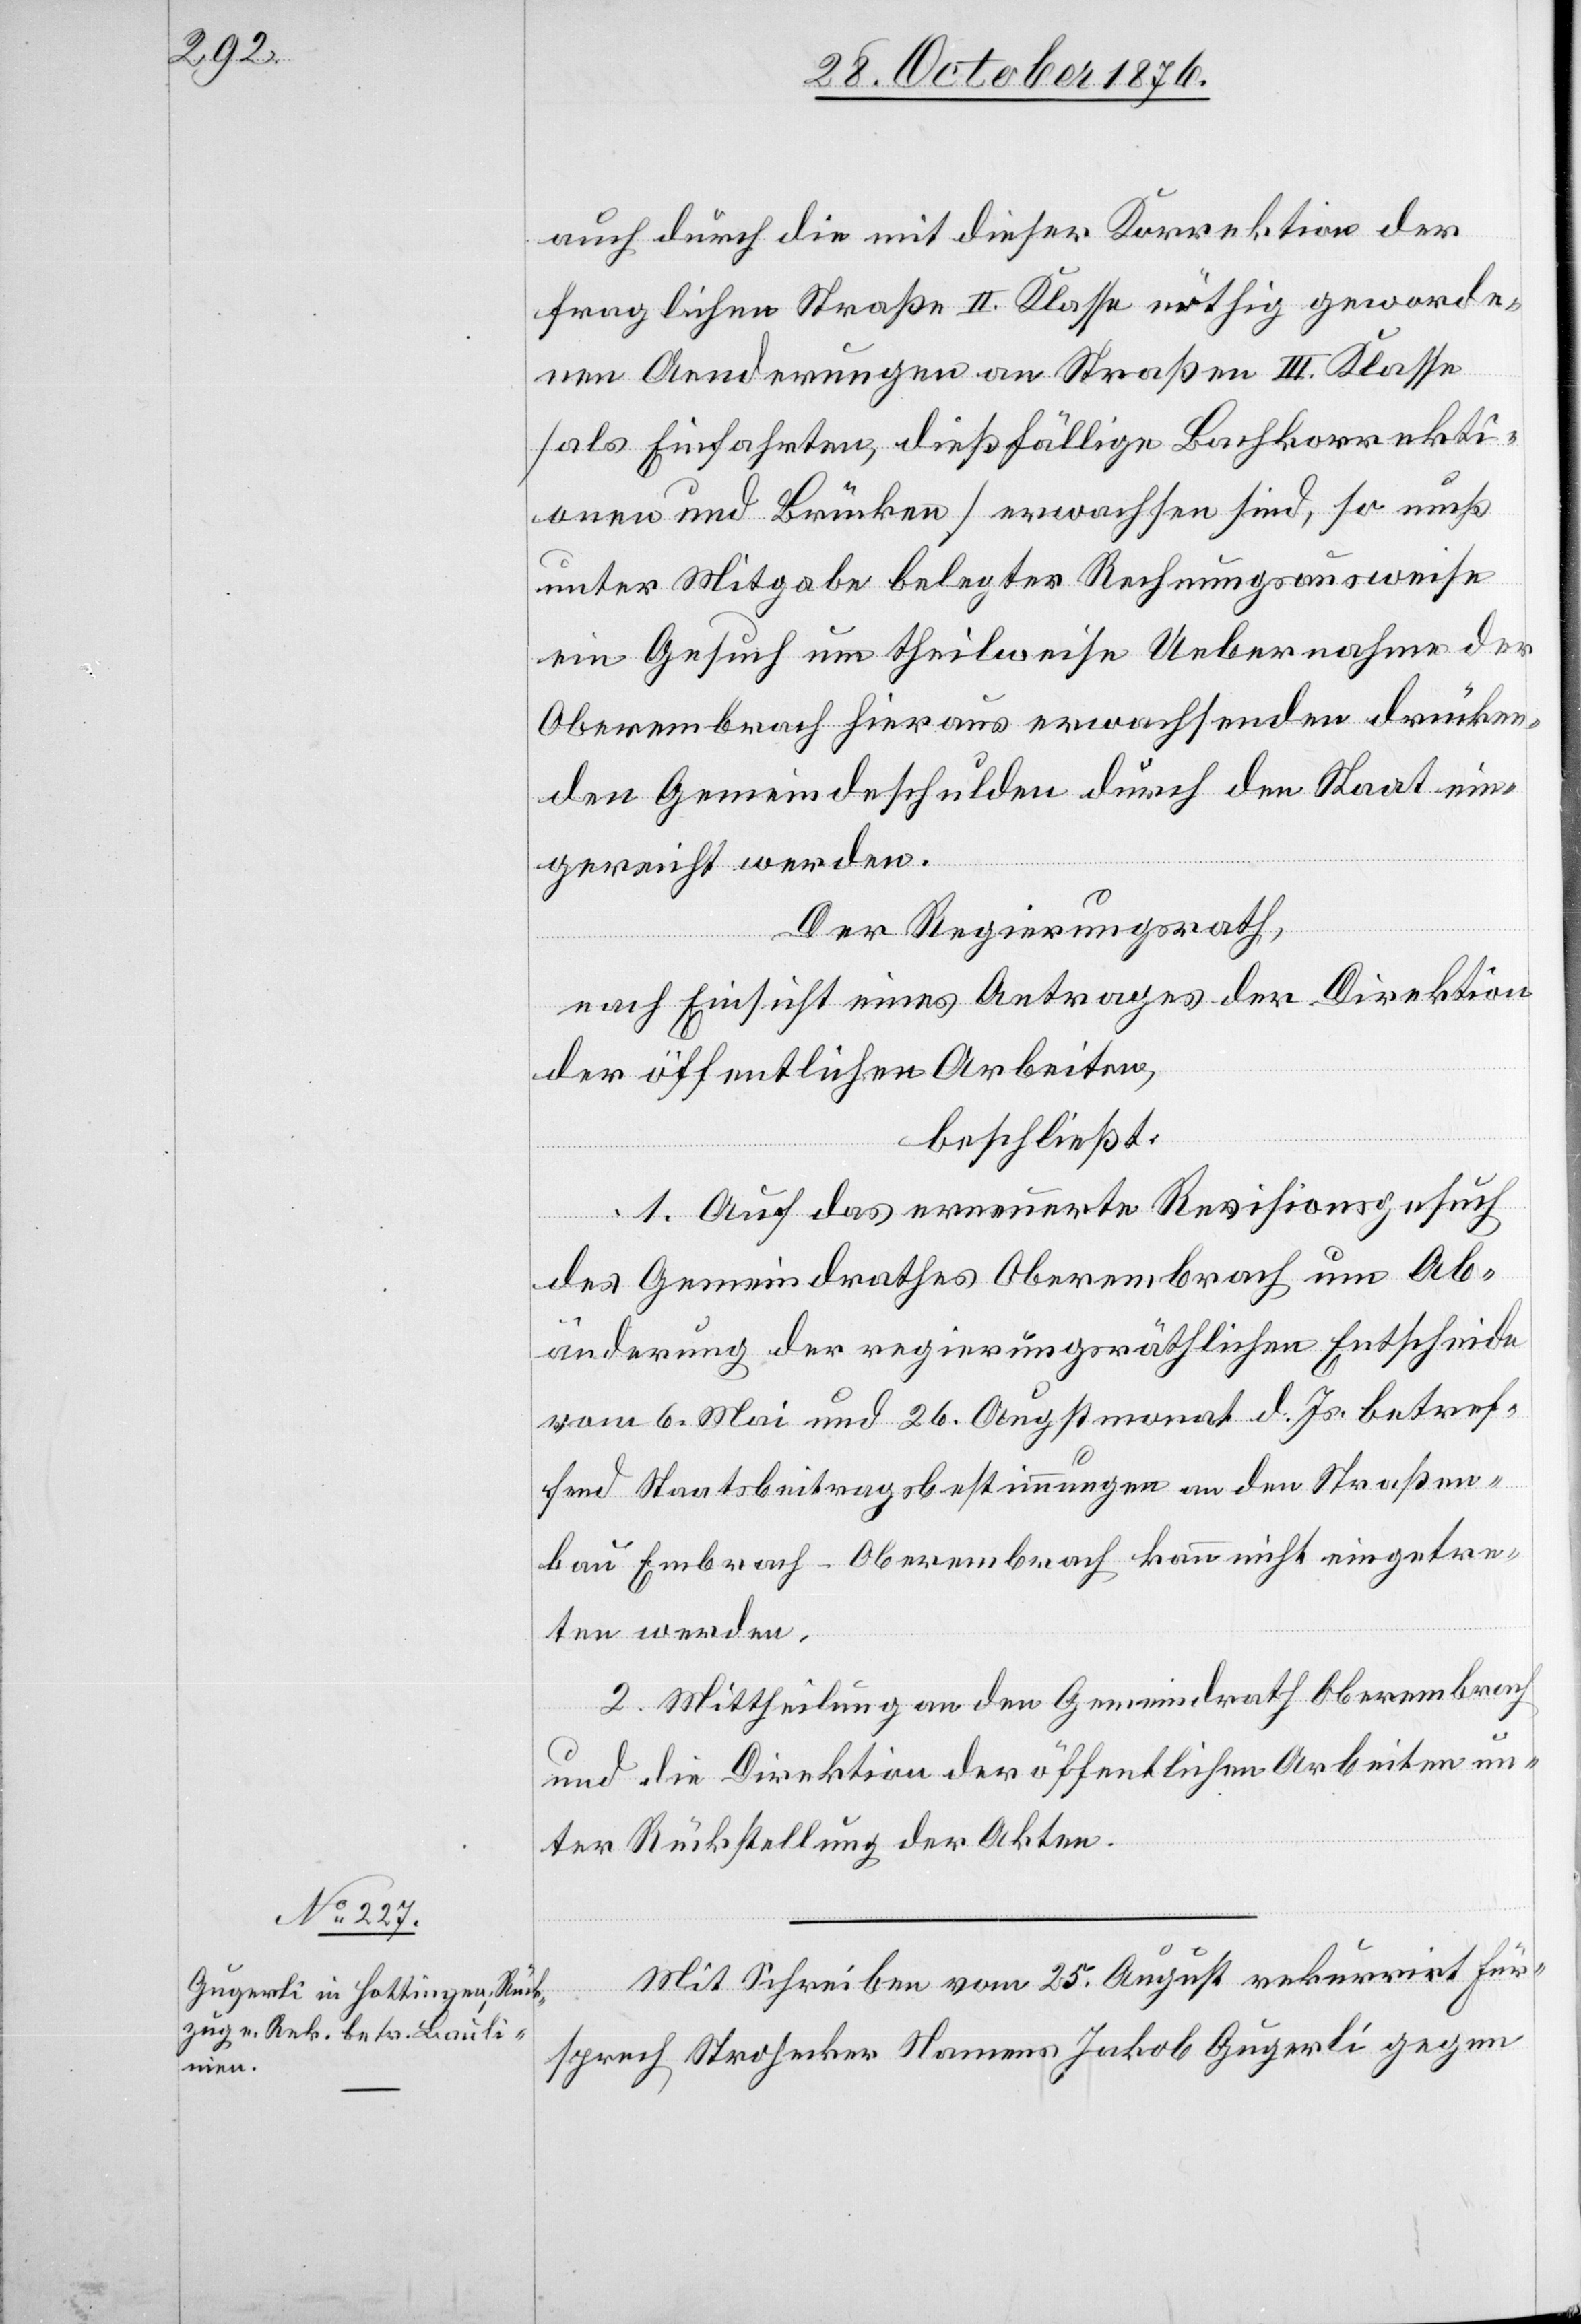
auch durch die mit dieser Korrektion der
fraglichen Straße II. Klasse nöthig geworde¬
nen Aenderungen an Straßen III. Klasse
[als Einfahrten, dießfällige Bachkorrekti¬
onen und Brücken] erwachsen sind, so muß
unter Mitgabe belegter Rechnungsausweise
ein Gesuch um theilweise Uebernahme der
Oberembrach hieraus erwachsenden drücken¬
den Gemeindeschulden durch den Staat ein¬
gereicht werden.
Der Regierungsrath,
nach Einsicht eines Antrages der Direktion
der öffentlichen Arbeiten,
beschließt:
1. Auf das erneuerte Revisionsgesuch
des Gemeindrathes Oberembrach um Ab¬
änderung der regierungsräthlichen Entscheide
vom 6. Mai und 26. Augstmonat d. Js. betref¬
fend Staatsbeitragsbestimmungen an den Straßen¬
bau Embrach–Oberembrach kann nicht eingetre¬
ten werden.
2. Mittheilung an den Gemeindrath Oberembrach
und die Direktion der öffentlichen Arbeiten un¬
ter Rückstellung der Akten.
Mit Schreiben vom 25. August rekurrirt Für¬
sprech Strohecker Namens Jakob Gugerli gegen